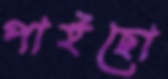
পাইছো